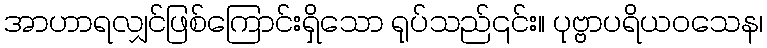
အာဟာရလျှင်ဖြစ်ကြောင်းရှိသော ရုပ်သည်၎င်း။ ပုဗ္ဗာပရိယဝသေန၊